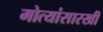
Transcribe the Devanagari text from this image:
मोत्यांसारखी